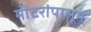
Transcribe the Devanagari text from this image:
मीटरांपासून